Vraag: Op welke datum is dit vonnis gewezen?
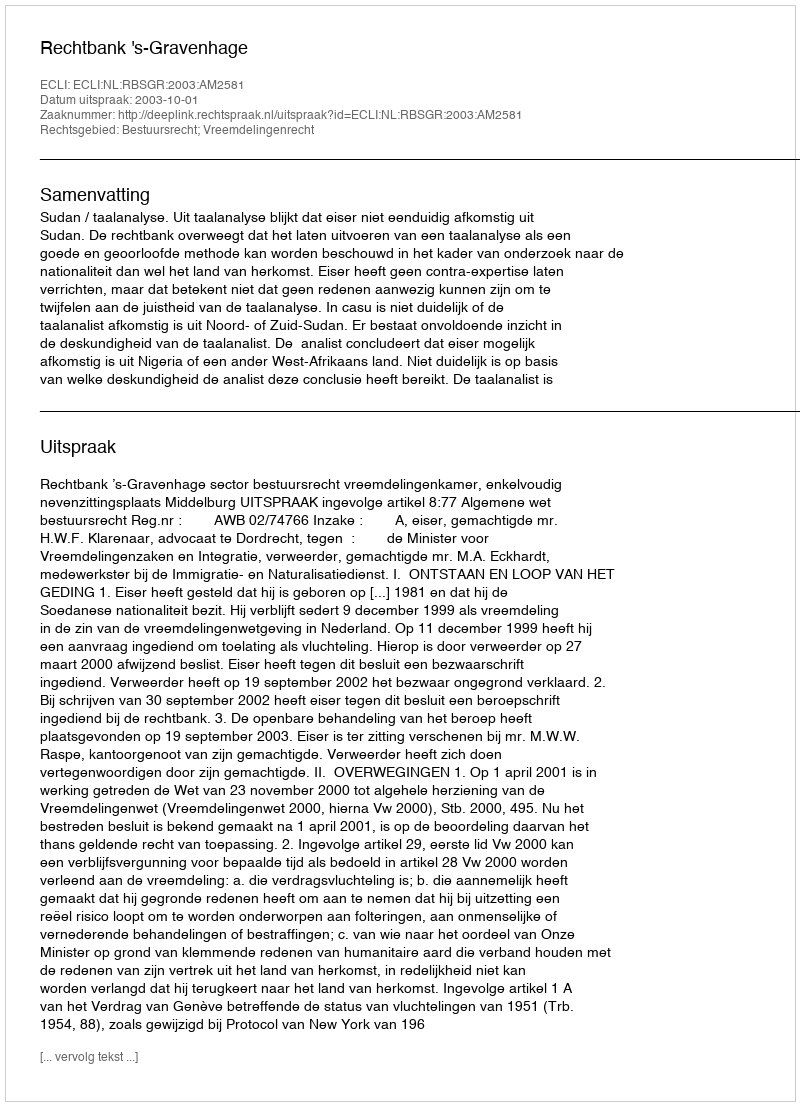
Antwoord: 2003-10-01